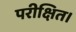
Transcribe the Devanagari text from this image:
परीक्षित।